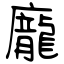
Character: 龐